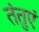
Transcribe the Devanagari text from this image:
तंतुएं